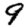
Digit: 9